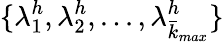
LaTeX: \{ \lambda_{1}^{h},\lambda_{2}^{h},...,\lambda_{\bar{k}_{max}}^{h}\}